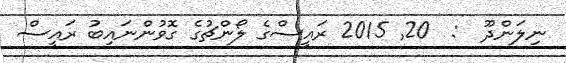
ނިލަންދޫ  :  20